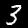
Label: 3